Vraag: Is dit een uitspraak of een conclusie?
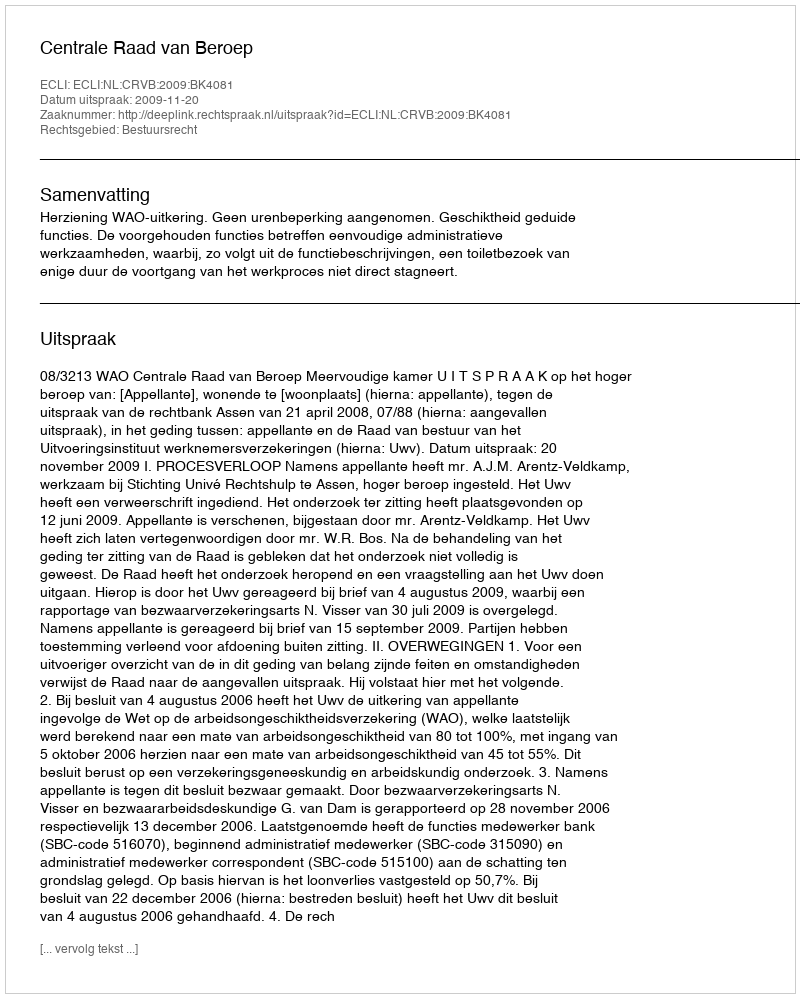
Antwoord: Uitspraak